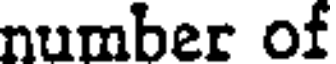
number of